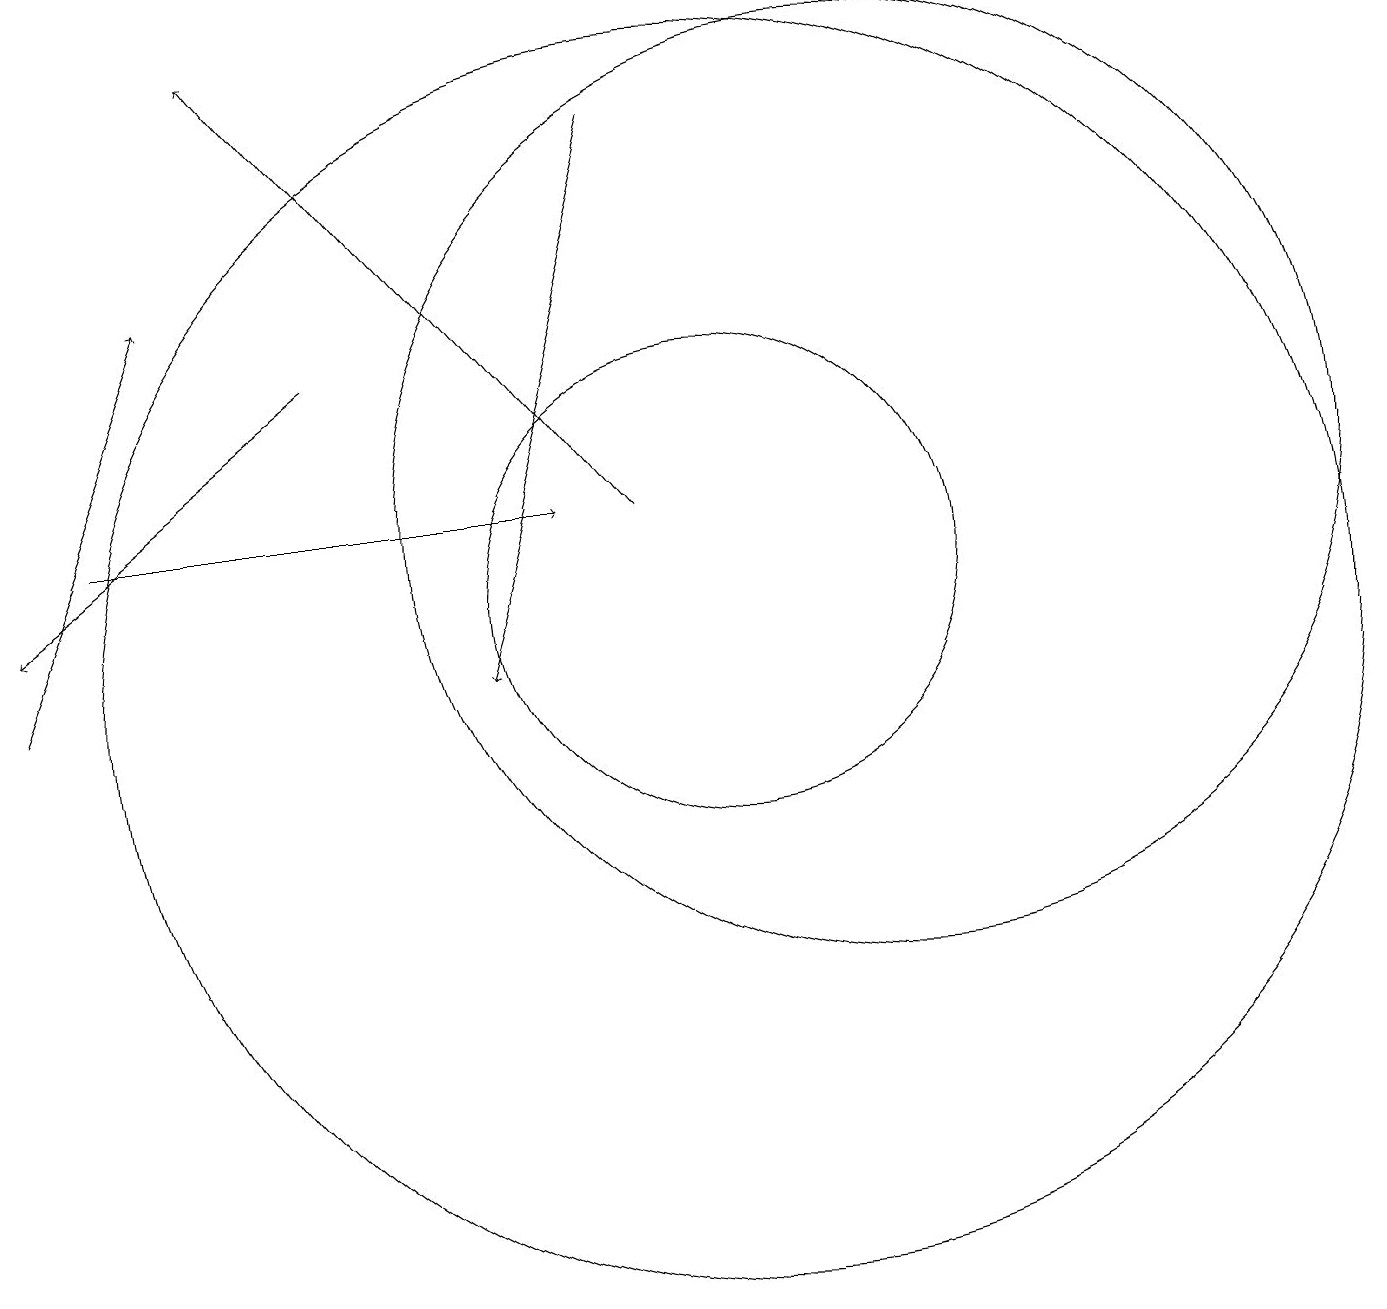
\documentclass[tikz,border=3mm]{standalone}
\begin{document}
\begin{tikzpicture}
\draw[->] (9,12) -- (4,18);
\draw (12,12) circle (6);
\draw (10,10) circle (8);
\draw (10,11) circle (3);
\draw[->] (2,12) -- (8,12);
\draw[->] (5,14) -- (1,11);
\draw[->] (9,17) -- (7,10);
\draw[->] (1,10) -- (3,15);
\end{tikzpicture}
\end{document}